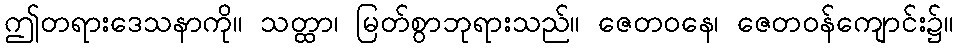
ဤတရားဒေသနာကို။ သတ္ထာ၊ မြတ်စွာဘုရားသည်။ ဇေတဝနေ၊ ဇေတဝန်ကျောင်း၌။